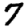
Digit: 7